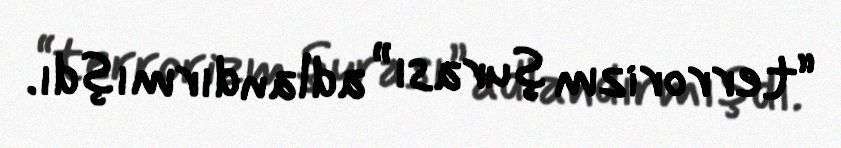
“terrorizm şurası” adlandırmışdı.